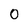
Character: 0